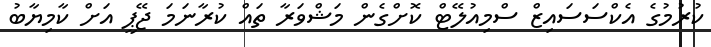
ކުރުމުގެ އެކްސަސައިޒް ސްމިއުލޭޓް ކޮށްގެން މަޝްވަރާ ތައް ކުރާނަމަ ޖޭޕީ އަށް ކާމިޔާބު